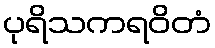
ပုရိသကရဝိတံ